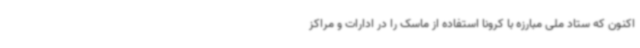
اکنون که ستاد ملی مبارزه با کرونا استفاده از ماسک را در ادارات و مراکز